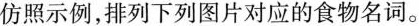
仿照示例，排列下列图片对应的食物名词。